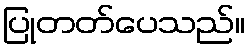
ပြုတတ်ပေသည်။